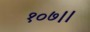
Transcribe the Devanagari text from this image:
१०७।।